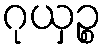
ဂုယှဉ္စ